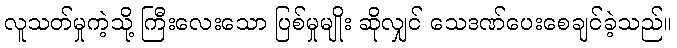
လူသတ်မှုကဲ့သို့ ကြီးလေးသော ပြစ်မှုမျိုး ဆိုလျှင် သေဒဏ်ပေးစေချင်ခဲ့သည်။